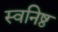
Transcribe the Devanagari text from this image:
स्वनिष्ठ